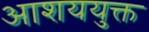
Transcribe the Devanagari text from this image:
आशययुक्त